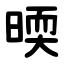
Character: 㬉